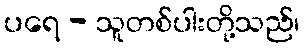
ပရေ - သူတစ်ပါးတို့သည်၊